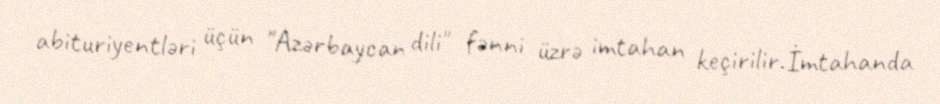
abituriyentləri üçün "Azərbaycan dili" fənni üzrə imtahan keçirilir.İmtahanda